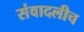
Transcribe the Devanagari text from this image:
संवादलीच